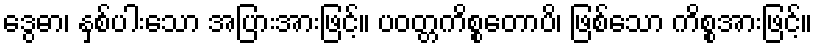
ဒွေဓာ၊ နှစ်ပါးသော အပြားအားဖြင့်။ ပဝတ္တကိစ္စတောပိ၊ ဖြစ်သော ကိစ္စအားဖြင့်။